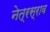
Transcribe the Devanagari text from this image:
नेत्रस्राव